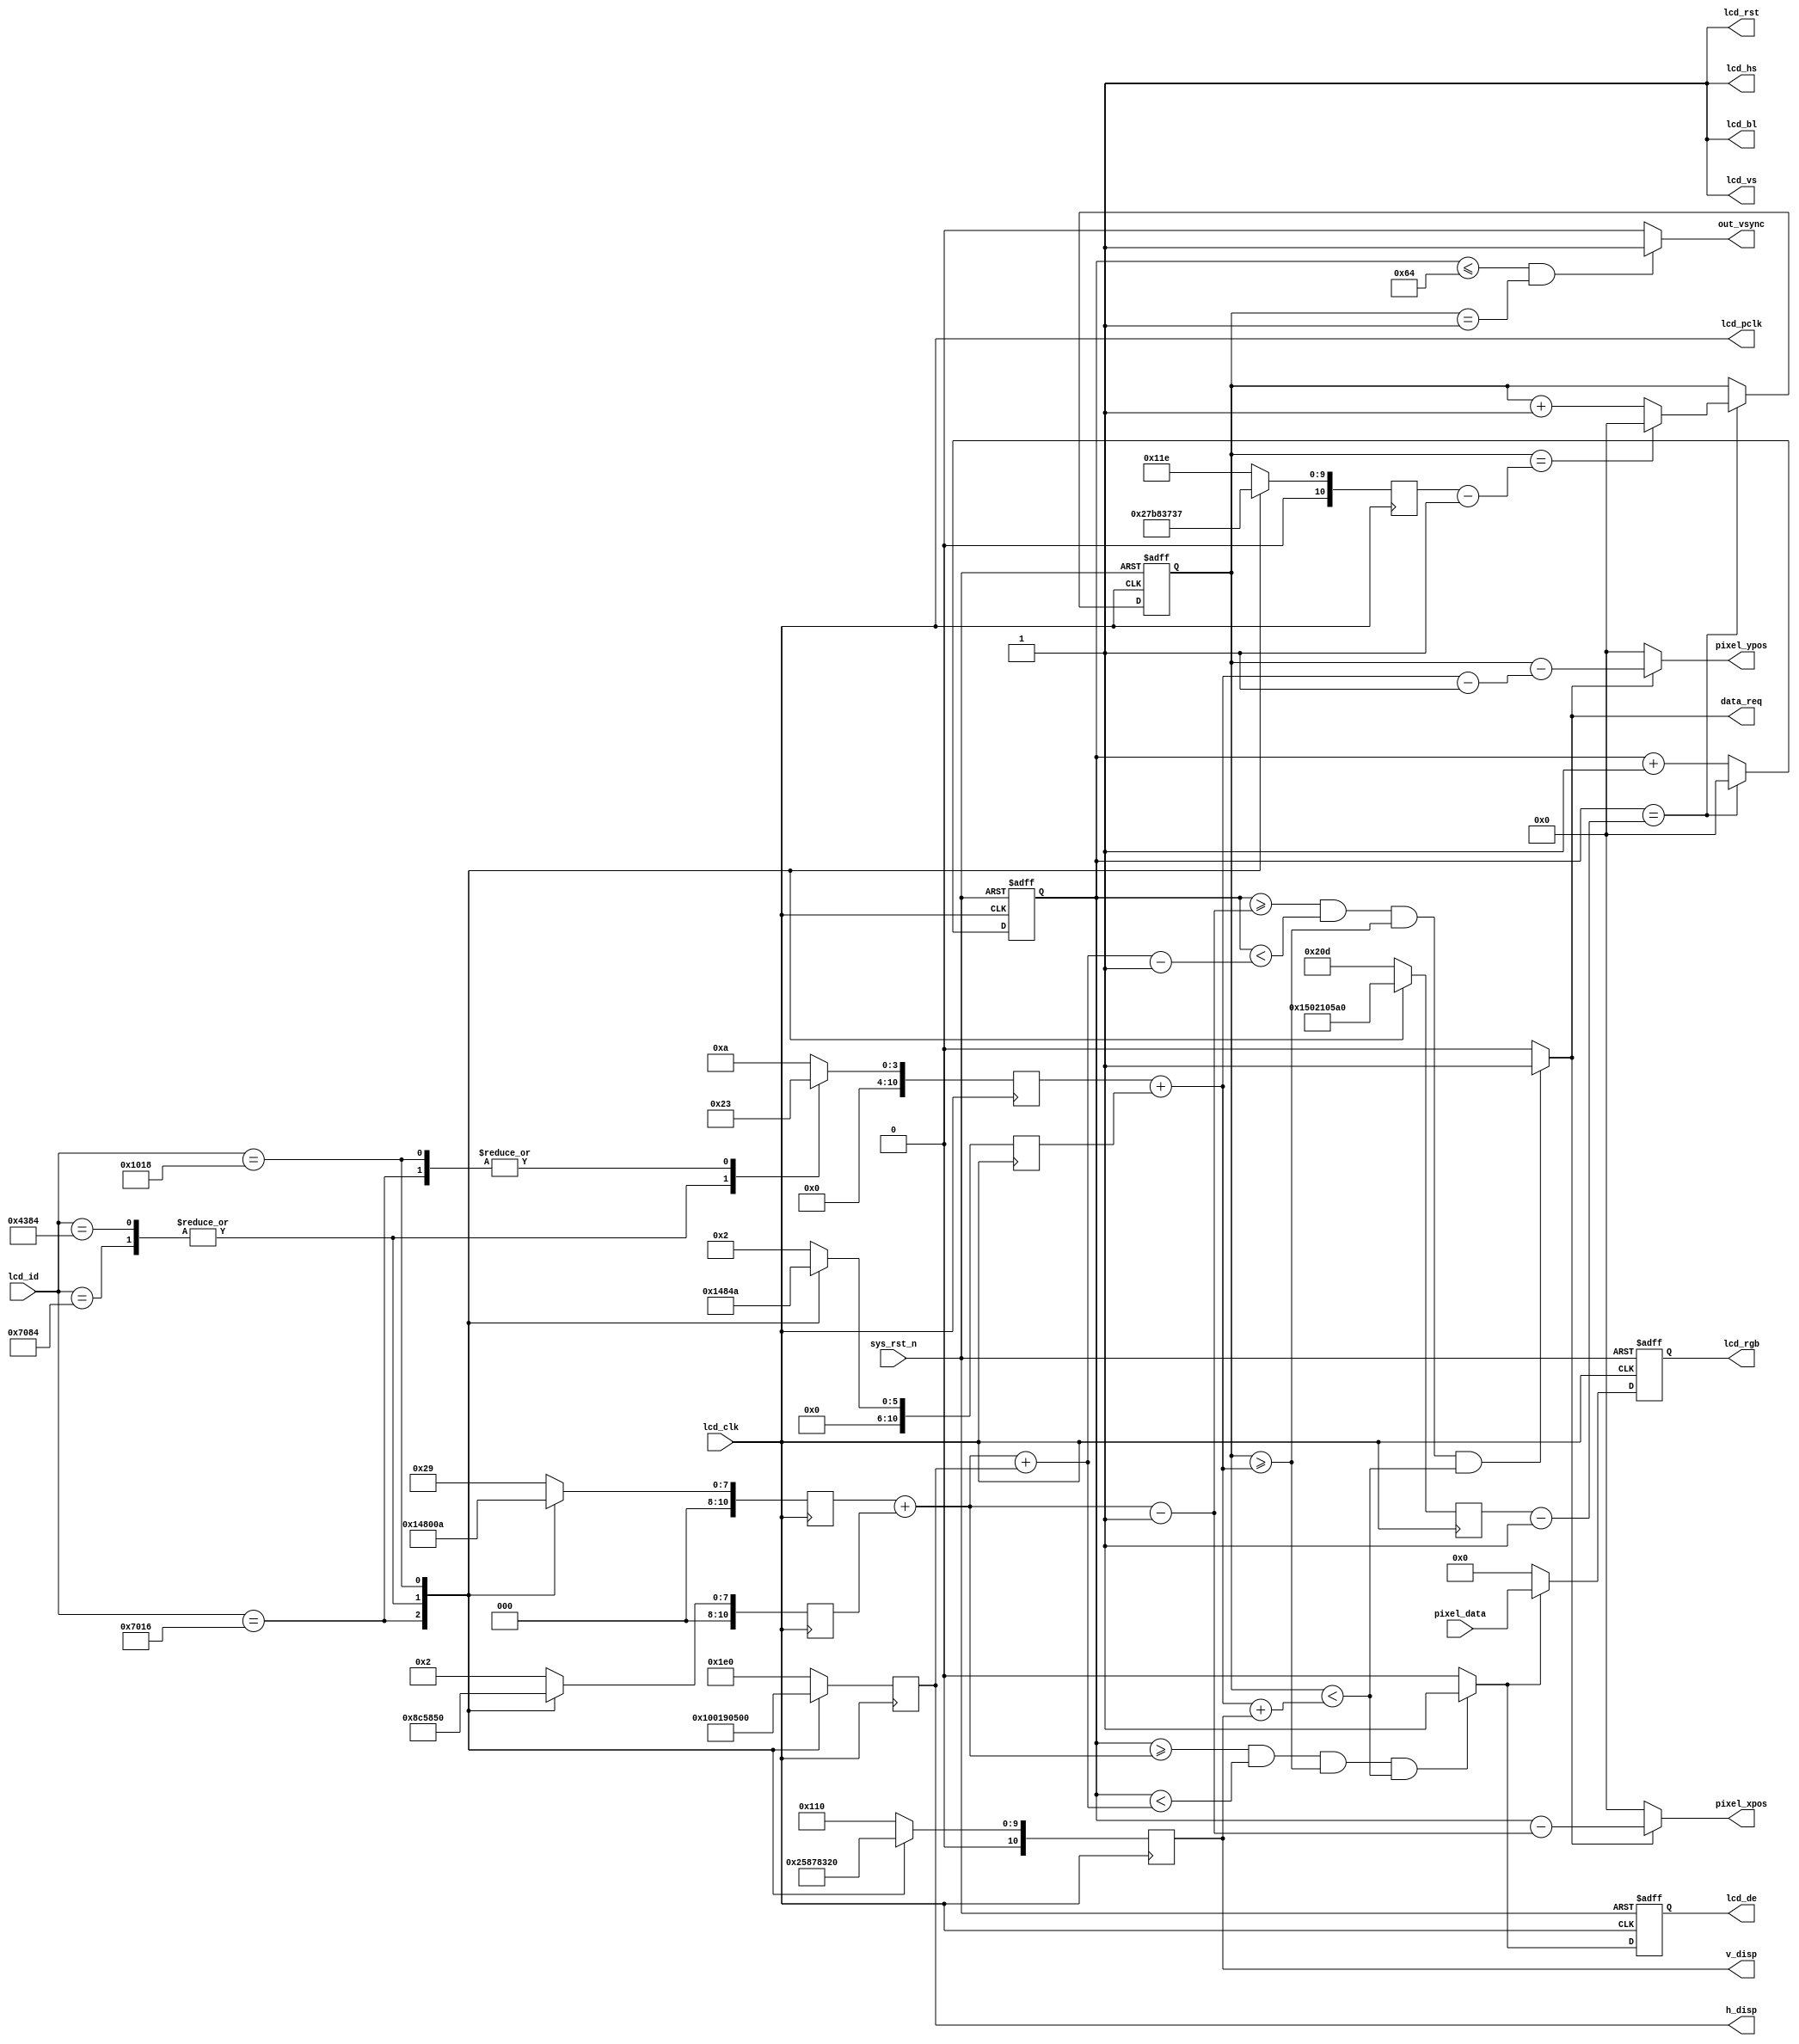
module lcd_driver(
    input           lcd_clk,      //lcdģʱ
    input           sys_rst_n,    //λź
    input   [15:0]  lcd_id,       //LCDID
    input   [15:0]  pixel_data,   //ص
    output          data_req  ,   //صɫ 
    output  [10:0]  pixel_xpos,   //ص
    output  [10:0]  pixel_ypos,   //ص
    output  [10:0]  h_disp,       //LCDˮƽֱ
    output  [10:0]  v_disp,       //LCDֱֱ 
    output          out_vsync,    //֡λЧ   
    //RGB LCDӿ                          
    output          lcd_hs,       //LCD ͬź
    output          lcd_vs,       //LCD ͬź
    output          lcd_de,       //LCD ʹ
    output  [15:0]  lcd_rgb,      //LCD RGB565ɫ
    output          lcd_bl,       //LCD ź
    output          lcd_rst,      //LCD λź
    output          lcd_pclk      //LCD ʱ   
    );                             
                                                        
//parameter define  
// 4.3' 480*272
parameter  H_SYNC_4342   =  11'd41;     //ͬ
parameter  H_BACK_4342   =  11'd2;      //ʾ
parameter  H_DISP_4342   =  11'd480;    //Ч
parameter  H_FRONT_4342  =  11'd2;      //ʾǰ
parameter  H_TOTAL_4342  =  11'd525;    //ɨ
   
parameter  V_SYNC_4342   =  11'd10;     //ͬ
parameter  V_BACK_4342   =  11'd2;      //ʾ
parameter  V_DISP_4342   =  11'd272;    //Ч
parameter  V_FRONT_4342  =  11'd2;      //ʾǰ
parameter  V_TOTAL_4342  =  11'd286;    //ɨ
   
// 7' 800*480   
parameter  H_SYNC_7084   =  11'd128;    //ͬ
parameter  H_BACK_7084   =  11'd88;     //ʾ
parameter  H_DISP_7084   =  11'd800;    //Ч
parameter  H_FRONT_7084  =  11'd40;     //ʾǰ
parameter  H_TOTAL_7084  =  11'd1056;   //ɨ
   
parameter  V_SYNC_7084   =  11'd2;      //ͬ
parameter  V_BACK_7084   =  11'd33;     //ʾ
parameter  V_DISP_7084   =  11'd480;    //Ч
parameter  V_FRONT_7084  =  11'd10;     //ʾǰ
parameter  V_TOTAL_7084  =  11'd525;    //ɨ       
   
// 7' 1024*600   
parameter  H_SYNC_7016   =  11'd20;     //ͬ
parameter  H_BACK_7016   =  11'd140;    //ʾ
parameter  H_DISP_7016   =  11'd1024;   //Ч
parameter  H_FRONT_7016  =  11'd160;    //ʾǰ
parameter  H_TOTAL_7016  =  11'd1344;   //ɨ
   
parameter  V_SYNC_7016   =  11'd3;      //ͬ
parameter  V_BACK_7016   =  11'd20;     //ʾ
parameter  V_DISP_7016   =  11'd600;    //Ч
parameter  V_FRONT_7016  =  11'd12;     //ʾǰ
parameter  V_TOTAL_7016  =  11'd635;    //ɨ
   
// 10.1' 1280*800   
parameter  H_SYNC_1018   =  11'd10;     //ͬ
parameter  H_BACK_1018   =  11'd80;     //ʾ
parameter  H_DISP_1018   =  11'd1280;   //Ч
parameter  H_FRONT_1018  =  11'd70;     //ʾǰ
parameter  H_TOTAL_1018  =  11'd1440;   //ɨ
   
parameter  V_SYNC_1018   =  11'd3;      //ͬ
parameter  V_BACK_1018   =  11'd10;     //ʾ
parameter  V_DISP_1018   =  11'd800;    //Ч
parameter  V_FRONT_1018  =  11'd10;     //ʾǰ
parameter  V_TOTAL_1018  =  11'd823;    //ɨ

// 4.3' 800*480   
parameter  H_SYNC_4384   =  11'd128;    //ͬ
parameter  H_BACK_4384   =  11'd88;     //ʾ
parameter  H_DISP_4384   =  11'd800;    //Ч
parameter  H_FRONT_4384  =  11'd40;     //ʾǰ
parameter  H_TOTAL_4384  =  11'd1056;   //ɨ
   
parameter  V_SYNC_4384   =  11'd2;      //ͬ
parameter  V_BACK_4384   =  11'd33;     //ʾ
parameter  V_DISP_4384   =  11'd480;    //Ч
parameter  V_FRONT_4384  =  11'd10;     //ʾǰ
parameter  V_TOTAL_4384  =  11'd525;    //ɨ    

//reg define
reg  [10:0] h_sync ;
reg  [10:0] h_back ;
reg  [10:0] h_total;
reg  [10:0] v_sync ;
reg  [10:0] v_back ;
reg  [10:0] v_total;
reg  [10:0] h_cnt  ;
reg  [10:0] v_cnt  ;
reg  [10:0] h_disp;       //LCDˮƽֱ
reg  [10:0] v_disp;       //LCDֱֱ 
reg         lcd_de;       //LCD ʹ
reg  [15:0] lcd_rgb;      //LCD RGB565ɫ

//wire define
wire       lcd_en;
wire       out_vsync;

//*****************************************************
//**                    main code
//*****************************************************
assign lcd_bl   = 1'b1;           //RGB LCDʾģ鱳ź
assign lcd_rst  = 1'b1;           //RGB LCDʾģϵͳλź
assign lcd_pclk = lcd_clk;        //RGB LCDʾģʱ

//RGB LCD ʹźͬʱгͬźҪ

assign lcd_hs  = 1'b1;
assign lcd_vs  = 1'b1;

//ʹRGB565
assign  lcd_en = ((h_cnt >= h_sync + h_back) && (h_cnt < h_sync + h_back + h_disp)
                  && (v_cnt >= v_sync + v_back) && (v_cnt < v_sync + v_back + v_disp)) 
                  ? 1'b1 : 1'b0;
 
//֡λЧ               
assign out_vsync = ((h_cnt <= 100) && (v_cnt == 1)) ? 1'b1 : 1'b0;
                 
//صɫ  
assign data_req = ((h_cnt >= h_sync + h_back - 1'b1) && (h_cnt < h_sync + h_back + h_disp - 1'b1)
                  && (v_cnt >= v_sync + v_back) && (v_cnt < v_sync + v_back + v_disp)) 
                  ? 1'b1 : 1'b0;

//ص  
assign pixel_xpos = data_req ? (h_cnt - (h_sync + h_back - 1'b1)) : 11'd0;
assign pixel_ypos = data_req ? (v_cnt - (v_sync + v_back - 1'b1)) : 11'd0;


//LCDɫݲʹźͬ
always@ (posedge lcd_clk or negedge sys_rst_n) begin
    if(!sys_rst_n) 
        lcd_de <= 11'd0;
    else begin
        lcd_de <= lcd_en;  
    end    
end

//RGB565 
always@ (posedge lcd_clk or negedge sys_rst_n) begin
    if(!sys_rst_n) 
        lcd_rgb <= 16'd0;
    else begin
        if(lcd_en)
            lcd_rgb <= pixel_data;	
        else
            lcd_rgb <= 16'd0;		
    end    
end

//гʱ
always @(posedge lcd_clk) begin
    case(lcd_id)
        16'h4342 : begin
            h_sync  <= H_SYNC_4342; 
            h_back  <= H_BACK_4342; 
            h_disp  <= H_DISP_4342; 
            h_total <= H_TOTAL_4342;
            v_sync  <= V_SYNC_4342; 
            v_back  <= V_BACK_4342; 
            v_disp  <= V_DISP_4342; 
            v_total <= V_TOTAL_4342;            
        end
        16'h7084 : begin
            h_sync  <= H_SYNC_7084; 
            h_back  <= H_BACK_7084; 
            h_disp  <= H_DISP_7084; 
            h_total <= H_TOTAL_7084;
            v_sync  <= V_SYNC_7084; 
            v_back  <= V_BACK_7084; 
            v_disp  <= V_DISP_7084; 
            v_total <= V_TOTAL_7084;        
        end
        16'h7016 : begin
            h_sync  <= H_SYNC_7016; 
            h_back  <= H_BACK_7016; 
            h_disp  <= H_DISP_7016; 
            h_total <= H_TOTAL_7016;
            v_sync  <= V_SYNC_7016; 
            v_back  <= V_BACK_7016; 
            v_disp  <= V_DISP_7016; 
            v_total <= V_TOTAL_7016;            
        end
        16'h4384 : begin
            h_sync  <= H_SYNC_4384; 
            h_back  <= H_BACK_4384; 
            h_disp  <= H_DISP_4384; 
            h_total <= H_TOTAL_4384;
            v_sync  <= V_SYNC_4384; 
            v_back  <= V_BACK_4384; 
            v_disp  <= V_DISP_4384; 
            v_total <= V_TOTAL_4384;             
        end        
        16'h1018 : begin
            h_sync  <= H_SYNC_1018; 
            h_back  <= H_BACK_1018; 
            h_disp  <= H_DISP_1018; 
            h_total <= H_TOTAL_1018;
            v_sync  <= V_SYNC_1018; 
            v_back  <= V_BACK_1018; 
            v_disp  <= V_DISP_1018; 
            v_total <= V_TOTAL_1018;        
        end
        default : begin
            h_sync  <= H_SYNC_4342; 
            h_back  <= H_BACK_4342; 
            h_disp  <= H_DISP_4342; 
            h_total <= H_TOTAL_4342;
            v_sync  <= V_SYNC_4342; 
            v_back  <= V_BACK_4342; 
            v_disp  <= V_DISP_4342; 
            v_total <= V_TOTAL_4342;          
        end
    endcase	
end

//мʱӼ
always@ (posedge lcd_pclk or negedge sys_rst_n) begin
    if(!sys_rst_n) 
        h_cnt <= 11'd0;
    else begin
        if(h_cnt == h_total - 1'b1)
            h_cnt <= 11'd0;
        else
            h_cnt <= h_cnt + 1'b1;           
    end
end

//м
always@ (posedge lcd_clk or negedge sys_rst_n) begin
    if(!sys_rst_n) 
        v_cnt <= 11'd0;
    else begin
        if(h_cnt == h_total - 1'b1) begin
            if(v_cnt == v_total - 1'b1)
                v_cnt <= 11'd0;
            else
                v_cnt <= v_cnt + 1'b1;    
        end
    end    
end
 
endmodule